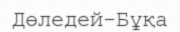
Дөледей-Бұқа